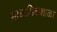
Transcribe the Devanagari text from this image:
माध्यमिकशाळा